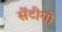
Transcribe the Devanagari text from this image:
सेंटीगो